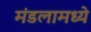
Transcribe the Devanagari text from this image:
मंडलामध्ये